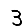
Digit: 3